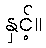
နှင့်။